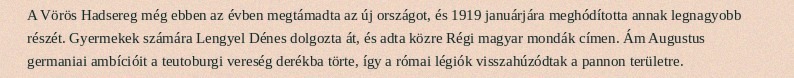
A Vörös Hadsereg még ebben az évben megtámadta az új országot, és 1919 januárjára meghódította annak legnagyobb részét. Gyermekek számára Lengyel Dénes dolgozta át, és adta közre Régi magyar mondák címen. Ám Augustus germaniai ambícióit a teutoburgi vereség derékba törte, így a római légiók visszahúzódtak a pannon területre.